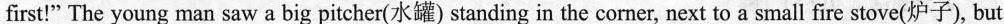
first!" The young man saw a big pitcher(水罐) standing in the corner, next to a small fire stove(炉子), but